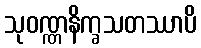
သုဝဏ္ဏနိက္ခသတဿာပိ